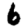
Digit: 6